Statistical return of the lunatic asylum in Assam - 1912-1932
Year: 1912
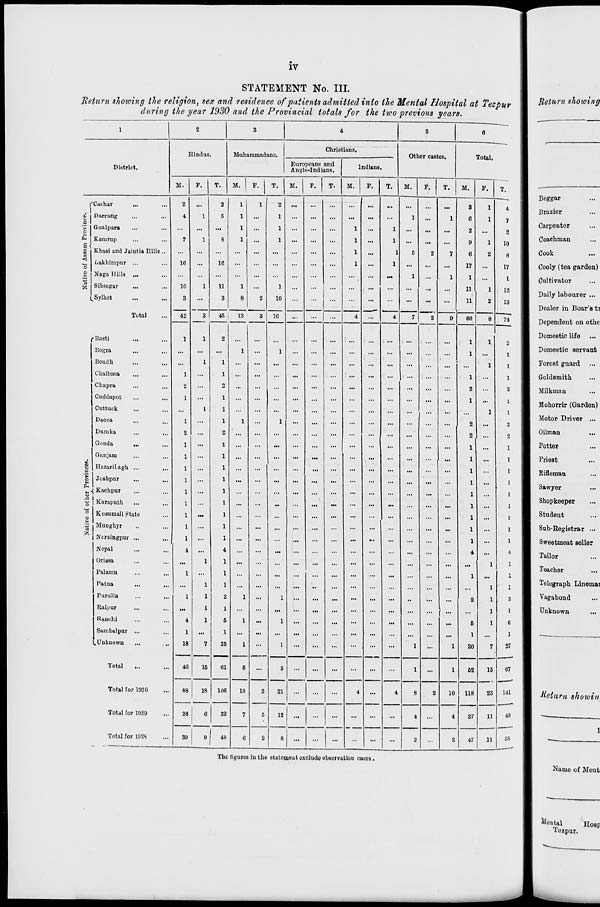
iv
STATEMENT No. III.
Return showing the religion, sex and residence of patients admitted into the Mental Hospital at Tezpur
during the year 1930 and the Provincial totals for the two previous years.
Return showing
1
2
3
4
5
6
Hindus.
M'UharamadanQ.
Christians.
Other castes.
Tntol.
1
District.
Europeans and
Anglo-Indians.
Indians.
M.
F.
T.
M.
F.
T.
M.
F.
T.
M.
F.
T.
M.
F.
T.
M.
F.
T.
j
Beggar
]3razior
Carpenter
r
. i
t\ a 1
§1
'.u h;ii
Darrang
Groalpara
2
4
...
1
2
5
1
1
1
1
1
1
...
...
...
1
...
1
...
1
...
1
8
6
2
1
1
4
]
7
1
2
|
£ ,
I en
Karurup
7
1
8
1
...
1
...
...
...
1
...
1
...
...
•••
9
1
io
9
Coachman
Khasi and Jaintia Hills ...
...
...
...
...
...
...
...
...
...
1
...
1
5
2
7
6
2
8
I
Cook
<
"3
Lakhimpur ...
16
...
ie ...
...
...
...
...
...
1
...
1
...
...
...
17
...
17
I
Cooly (tea garden)
Naga Hills ...
...
...
...
...
...
...
...
...
...
...
...
...
1
...
1
1
...
I
1
Cultivator
"8 Sibsngar
Sylhet
10
8
42
1
n
3
1
8
2
1
10
...
...
...
4
...
...
...
...
...
11
11
1
2
12
13
I
Daily labourer ...
| Dealer in Boar's ti
Total
8
1
45
18
a 56
...
...
4
7
2
9
66
8
74
Dependent on othc
.' Basti
...
Bogra
1
2
1
1
...
...
...
...
...
...
1
1
1
2
1
1
Domestic life
1 Domestic servant
Boudb.
1
1
...
...
...
...
...
...
...
...
...
...
...
1
1
1 Forest guard
Chaibasa
...
1
...
1
...
...
...
...
...
...
...
...
...
...
...
1
...
1
| E Goldsmith
Chapra
2
...
2
...
...
...
...
...
...
...
...
...
...
...
...
2
».
2
l I Milkman
Cuddapot
Cuttuck
Dacca
1
1
1
1
1
1
1
...
1
...
...
...
...
...
...
...
...
...
1
2
1
1
1
!
2
1 Mohorrir (Garden)
1 Motor Driver ...
Dumka
2
2
...
...
...
...
2
...
2
1 Oilman
Gonda
...
1
...
1
...
...
...
...
...
...
...
...
...
...
...
...
1
...
1
■ Potter
Ganjam
1
...
1
...
...
...
...
...
...
...
...
...
...
,..
...
1
...
1
1 Prieat
S HazariLagh ...
1
...
1
...
...
...
...
...
...
...
...
...
...
...
1
1
1 Rifleman
>
o
O
Joshpnr
; Kacbpur
Karaputh
1
1
1
...
1
1
1
...
...
:
...'
...
...
:
:
...
1
1
1
...
1
1
1
1 Sawyer
1 Shopkeeper
*o Kusnmali £tate
1
...
1
...
...
...
...
...
...
...
•i.
1
1
1 Student
t»
Munghjr
1
...
1
...
...
...
...
...
...
...
...
...
...
...
...
1
...
1
I Sub-Registrar ...
fc Narsingpur ...
JN'epal
1
4
1
4
...
...
>M
...
...
...
...
X.
...
:
:.
...
1
4
1
4
1 Sweetmeat seller
1 Tailor
Orissa
Palamu
1
1
1
1
...
...
...
...
...
...
...
...
...
...
...
...
1
1
1
1
1 Teacher
Patna
1
1
...
1
1
I Telegraph LinOmai
Purulia
1
1
2
1
...
1
...
2
1
3
1 Vagabond
Raipur
...
1
1
...
...
...
...
...
...
...
...
...
...
...
i
1
1
■ Unknown
Ranchi
4
1
5
1
...
1
...
...
...
...
...
...
...
6
1
6
1
Sanibalpur ...
1 Unknown
1
18
7
1
25
1
1
...
...
...
...
i
...
1
1
20
7
1
27
Total
40
15
61
5
...
5
...
...
...
...
...
...
i
...
1
52
15
67
Totul for 1930
88
18
106
18
3
21
...
...
...
4
...
4
8
2
10
118
23 141
1 Return showin
Total for 1929
26
0
32
7
5
12
...
...
1
...
...
...
4
...
4
37
11
48
1
Tntnl for mss
39
9 I
48
0
2
8
1
2
2
47
11
58
1
l
1
... . ...
Tho figures in the statement oxclude observation cusos.
1
Name of Mont
1 llental
HOBP
I
Tozpur.